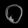
Digit: ၀